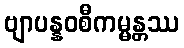
ဗျာပန္နဝစီကမ္မန္တဿ